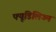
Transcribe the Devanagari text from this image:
फ्यूडिलिज्म